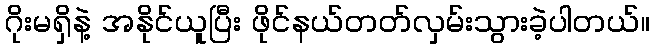
ဂိုးမရှိနဲ့ အနိုင်ယူပြီး ဖိုင်နယ်တတ်လှမ်းသွားခဲ့ပါတယ်။